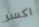
اكسر